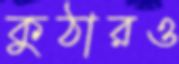
কুঠারও